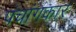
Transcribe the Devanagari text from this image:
पंचांगकार